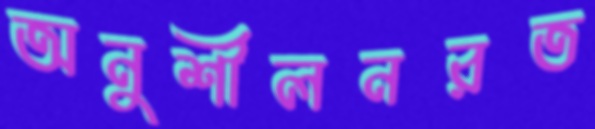
অনুশীলনরত